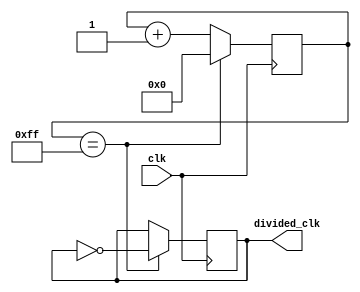
module ripple_counter_clock_divider (
    input wire clk,
    output reg divided_clk
);

reg [7:0] counter;

always @(posedge clk) begin
    if (counter == 8'hFF) begin
        counter <= 8'h00;
        divided_clk <= ~divided_clk;
    end
    else begin
        counter <= counter + 1;
    end
end

endmodule